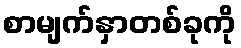
စာမျက်နှာတစ်ခုကို